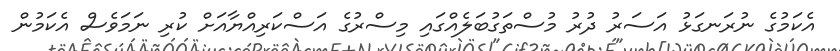
އެކަމުގެ ނުރަނގަޅު އަސަރު ދުރު މުސްތަގުބަލެއްގައި މިސްރުގެ އަސްކަރިއްޔާއަށް ކުރި ނަމަވެސް އެކަމުން